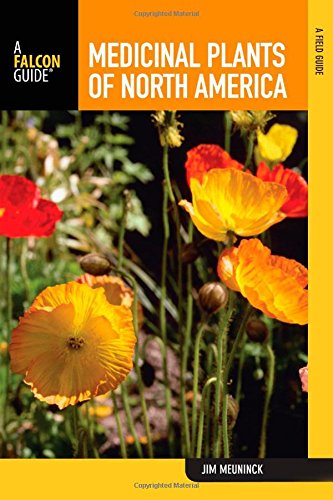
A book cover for Medicinal Plants of North America: A Field Guide (Falcon Guide); Jim Meuninck; Science & Math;